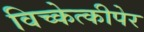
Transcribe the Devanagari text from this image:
विच्केत्कीपेर